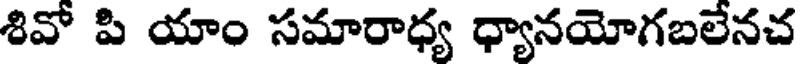
శివో పి యాం సమారాధ్య ధ్యానయోగబలేనచ